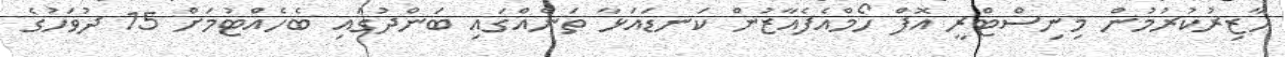
ހާޒިރުކުރުމުން މިނިސްޓްރީ އޮފް ހޯމްއެފެއާޒުން ކަނޑައަޅާ ތަނެއްގައި ބަންދުގައި ބެހެއްޓުމަށް 15 ދުވަހުގެ